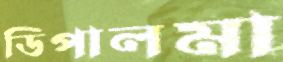
ডিপালমা